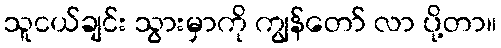
သူငယ်ချင်း သွားမှာကို ကျွန်တော် လာ ပို့တာ။